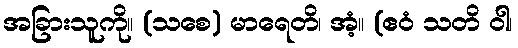
အခြားသူကို။ (သစေ) မာရေတိ၊ အံ့။ (ဧဝံ သတိ ဝါ၊